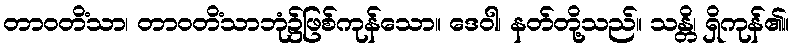
တာဝတိံသာ၊ တာဝတိံသာဘုံ၌ဖြစ်ကုန်သော။ ဒေဝါ၊ နတ်တို့သည်။ သန္တိ၊ ရှိကုန်၏။